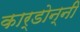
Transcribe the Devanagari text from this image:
कार्डोन्‍नी